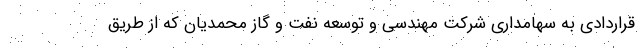
قراردادی به سهامداری شرکت مهندسی و توسعه نفت و گاز محمدیان که از طریق